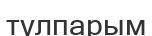
тұлпарым